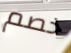
خصم